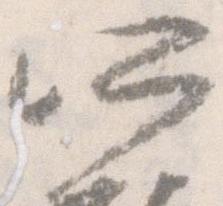
所